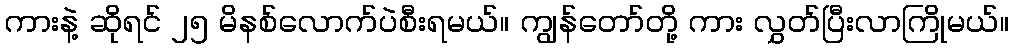
ကားနဲ့ ဆိုရင် ၂၅ မိနစ်လောက်ပဲစီးရမယ်။ ကျွန်တော်တို့ ကား လွှတ်ပြီးလာကြိုမယ်။